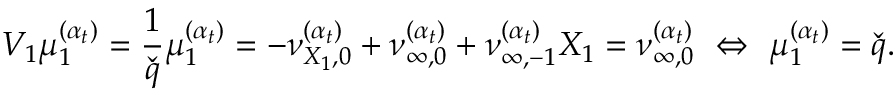
V _ { 1 } \mu _ { 1 } ^ { ( \boldsymbol { \alpha } _ { t } ) } = \frac { 1 } { \check { q } } \mu _ { 1 } ^ { ( \boldsymbol { \alpha } _ { t } ) } = - \nu _ { { X _ { 1 } } , 0 } ^ { ( \boldsymbol { \alpha } _ { t } ) } + \nu _ { \infty , 0 } ^ { ( \boldsymbol { \alpha } _ { t } ) } + \nu _ { \infty , - 1 } ^ { ( \boldsymbol { \alpha } _ { t } ) } X _ { 1 } = \nu _ { \infty , 0 } ^ { ( \boldsymbol { \alpha } _ { t } ) } \, \, \Leftrightarrow \, \, \mu _ { 1 } ^ { ( \boldsymbol { \alpha } _ { t } ) } = \check { q } .